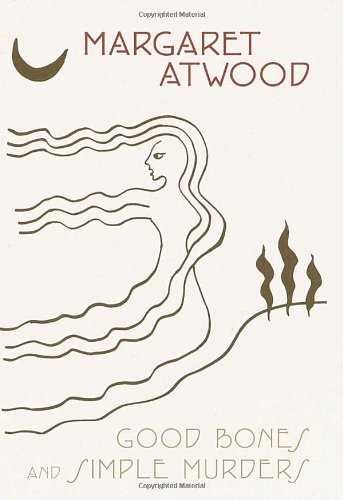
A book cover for Good Bones and Simple Murders; Margaret Atwood; Literature & Fiction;